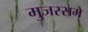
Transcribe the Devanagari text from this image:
मुजस्समे